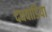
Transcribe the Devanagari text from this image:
दधवाडिया